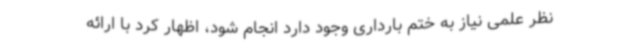
نظر علمی نیاز به ختم بارداری وجود دارد انجام شود، اظهار کرد با ارائه